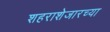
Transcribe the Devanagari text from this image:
शहराशेजारच्या